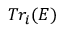
T r _ { i } ( E )